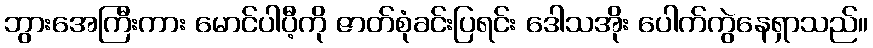
ဘွားအေကြီးကား မောင်ပါပီ့ကို ဇာတ်စုံခင်းပြရင်း ဒေါသအိုး ပေါက်ကွဲနေရှာသည်။